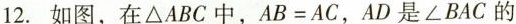
12.如图，在△ABC中，$$A B = A C$$，AD是∠BAC的